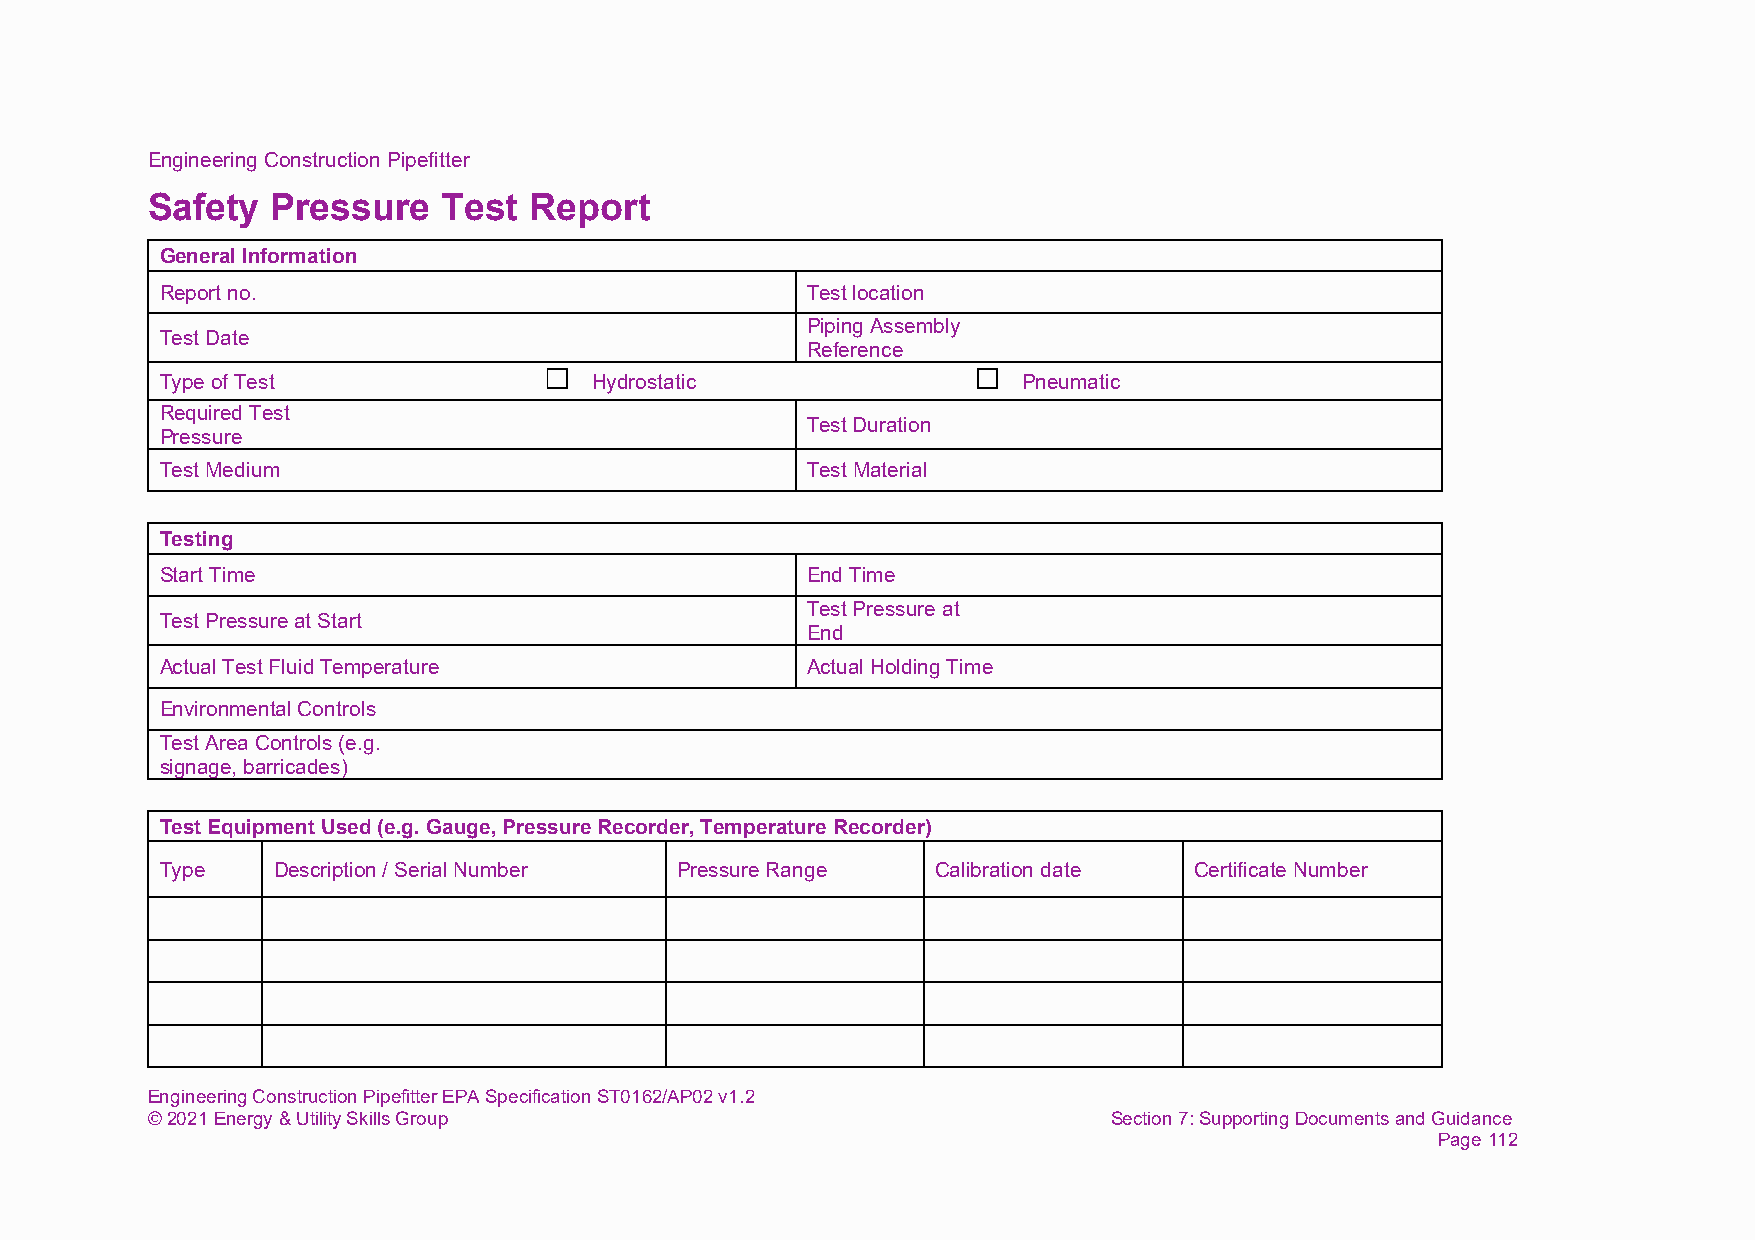
Engineering Construction Pipefitter
 Safety  Pressure   Test  Report
 General Information
 Report no.                                Test location
 Piping Assembly
 Test Date
 Reference
 Type of Test                Hydrostatic                  Pneumatic
 Required Test
 Test Duration
 Pressure
 Test Medium                               Test Material
 Testing
 Start Time                                End Time
 Test Pressure at
 Test Pressure at Start
 End
 Actual Test Fluid Temperature             Actual Holding Time
 Environmental Controls
 Test Area Controls (e.g.
 signage, barricades)
 Test Equipment Used (e.g. Gauge, Pressure Recorder, Temperature Recorder)
 Type   Description / Serial Number Pressure Range  Calibration date Certificate Number
 Engineering Construction Pipefitter EPA Specification ST0162/AP02 v1.2
 © 2021 Energy & Utility Skills Group                            Section 7: Supporting Documents and Guidance
 Page 112